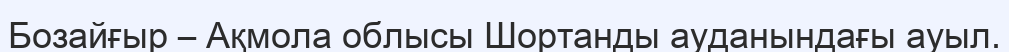
Бозайғыр – Ақмола облысы Шортанды ауданындағы ауыл.